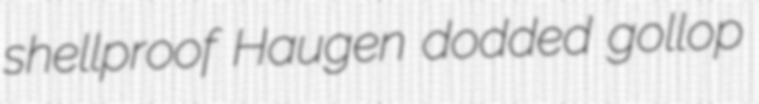
shellproof Haugen dodded gollop